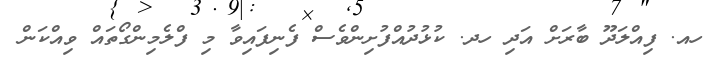
ހއ. ފިއްލަދޫ ބާރަށް އަދި ހދ. ކުޅުދުއްފުށިންވެސް ފެނިފައިވާ މި ފްލެމިންގޯތައް ވިއްކަން